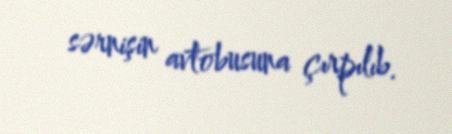
sərnişin avtobusuna çırpılıb.